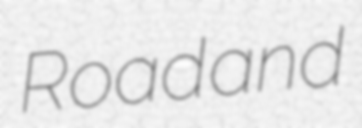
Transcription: Road and